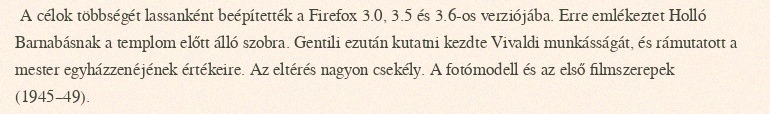
A célok többségét lassanként beépítették a Firefox 3.0, 3.5 és 3.6-os verziójába. Erre emlékeztet Holló Barnabásnak a templom előtt álló szobra. Gentili ezután kutatni kezdte Vivaldi munkásságát, és rámutatott a mester egyházzenéjének értékeire. Az eltérés nagyon csekély. A fotómodell és az első filmszerepek (1945–49).